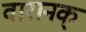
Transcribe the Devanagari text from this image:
वारानक्